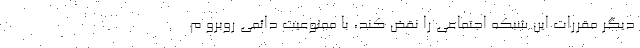
دیگر مقررات این شبکه اجتماعی را نقض کند، با ممنوعیت دائمی روبرو م